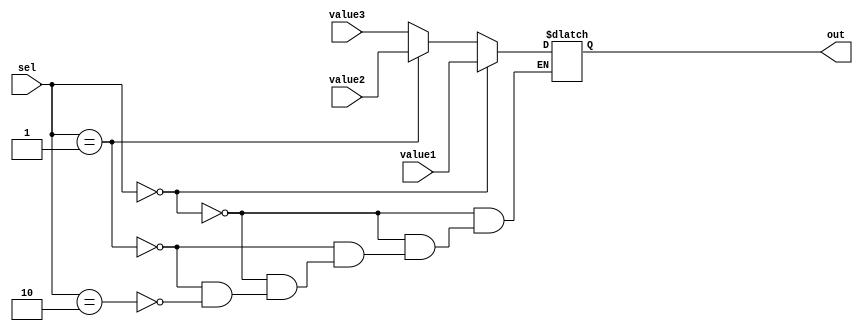
module MUX_3x1(out,value1,value2,value3,sel);
	input [1:0]sel;
	input [31:0]value1;
	input [31:0]value2;
	input [31:0]value3;
	output [31:0]out; 
	
	reg [31:0]out;
	
	always @(sel or value1 or value2) 
		begin
		if(sel==2'b00)begin					  
			out=value1;
		end
		else if(sel==2'b01)begin
			out=value2;
		end
		else if(sel==2'b10)begin
			out=value3;
		end
	end
	
	
endmodule

module MUX_3x1_5bits(out,value1,value2,value3,sel);
	input [1:0]sel;
	input [4:0]value1;
	input [4:0]value2;
	input [4:0]value3;
	output [4:0]out;
	reg [4:0]out;
	
	always @(sel or value1 or value2) begin
		if(sel==2'b00)begin
			out=value1;
		end
		else if(sel==2'b01)begin
			out=value2;
		end
		else if(sel==2'b10)begin
			out=value3;
		end
	end
	
	
endmodule